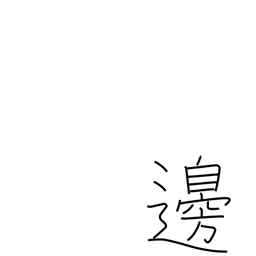
Meaning: margin